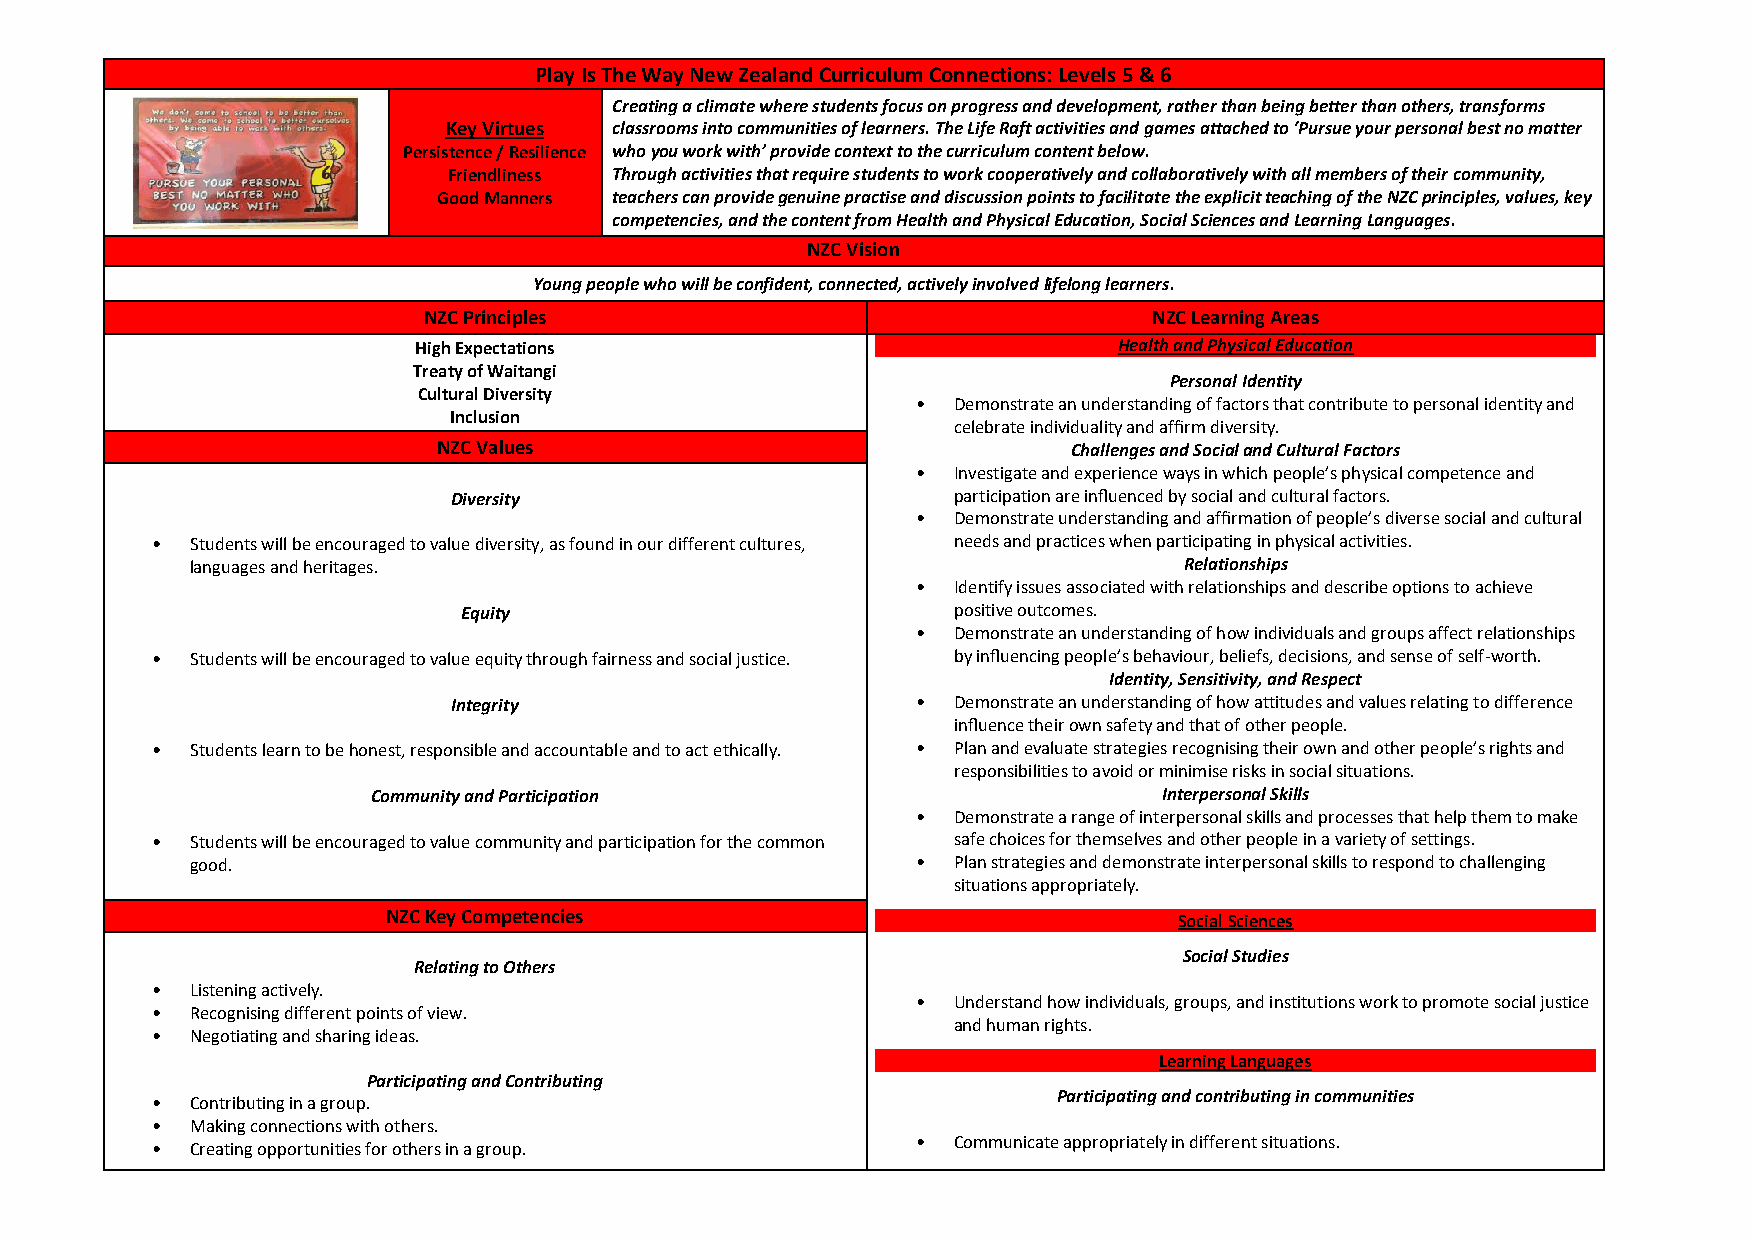
Play Is The Way New Zealand Curriculum Connections: Levels 5 & 6
 Creating a climate where students focus on progress and development, rather than being better than others, transforms
 Key Virtues classrooms into communities of learners. The Life Raft activities and games attached to ‘Pursue your personal best no matter
 Persistence / Resilience who you work with’ provide context to the curriculum content below.
 Friendliness Through activities that require students to work cooperatively and collaboratively with all members of their community,
 Good Manners teachers can provide genuine practise and discussion points to facilitate the explicit teaching of the NZC principles, values, key
 competencies, and the content from Health and Physical Education, Social Sciences and Learning Languages.
 NZC Vision
 Young people who will be confident, connected, actively involved lifelong learners.
 NZC Principles                                  NZC Learning Areas
 High Expectations                              Health and Physical Education
 Treaty of Waitangi
 Personal Identity
 Cultural Diversity
 • Demonstrate an understanding of factors that contribute to personal identity and
 Inclusion
 celebrate individuality and affirm diversity.
 NZC Values                                Challenges and Social and Cultural Factors
 • Investigate and experience ways in which people’s physical competence and
 Diversity                        participation are influenced by social and cultural factors.
 • Demonstrate understanding and affirmation of people’s diverse social and cultural
 •  Students will be encouraged to value diversity, as found in our different cultures, needs and practices when participating in physical activities.
 languages and heritages.                                         Relationships
 • Identify issues associated with relationships and describe options to achieve
 Equity                           positive outcomes.
 • Demonstrate an understanding of how individuals and groups affect relationships
 •  Students will be encouraged to value equity through fairness and social justice. by influencing people’s behaviour, beliefs, decisions, and sense of self-worth.
 Identity, Sensitivity, and Respect
 Integrity                      • Demonstrate an understanding of how attitudes and values relating to difference
 influence their own safety and that of other people.
 •  Students learn to be honest, responsible and accountable and to act ethically. • Plan and evaluate strategies recognising their own and other people’s rights and
 responsibilities to avoid or minimise risks in social situations.
 Community and Participation                         Interpersonal Skills
 • Demonstrate a range of interpersonal skills and processes that help them to make
 •  Students will be encouraged to value community and participation for the common safe choices for themselves and other people in a variety of settings.
 good.                                           • Plan strategies and demonstrate interpersonal skills to respond to challenging
 situations appropriately.
 NZC Key Competencies                                Social Sciences
 Social Studies
 Relating to Others
 •  Listening actively.
 • Understand how individuals, groups, and institutions work to promote social justice
 •  Recognising different points of view.
 and human rights.
 •  Negotiating and sharing ideas.
 Learning Languages
 Participating and Contributing
 •  Contributing in a group.
 Participating and contributing in communities
 •  Making connections with others.
 •  Creating opportunities for others in a group.
 • Communicate appropriately in different situations.